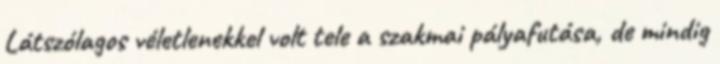
Látszólagos véletlenekkel volt tele a szakmai pályafutása, de mindig